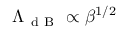
\Lambda _ { \mathrm { ~ d ~ B ~ } } \propto \beta ^ { 1 / 2 }